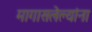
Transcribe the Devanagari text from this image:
मागासलेल्यांना